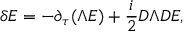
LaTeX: \delta E = - \partial _ { \tau } ( \Lambda E ) + { \frac { i } { 2 } } D \Lambda D E ,